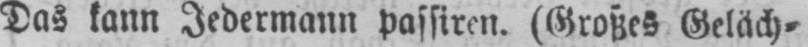
Das kann Jedermann passiren. (Großes Geläch⸗